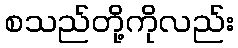
စသည်တို့ကိုလည်း